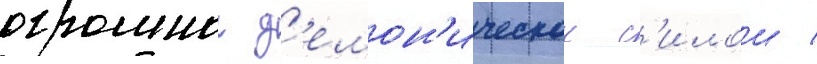
огромнои д'емон'ическои с'илои /